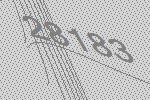
28183